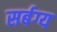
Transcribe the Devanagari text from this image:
सर्बग्य